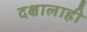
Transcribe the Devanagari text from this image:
दक्षालाही